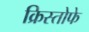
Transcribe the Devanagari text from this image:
क्रिस्तोफे